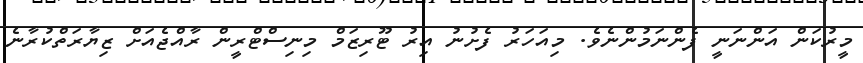
މީރުކަން އަންނަނީ ފެންނަމުންނެވެ. މިއަހަރު ފެށުނު އިރު ޓޫރިޒަމް މިނިސްޓްރީން ރާއްޖެއަށް ޒިޔާރަތްކުރާނެ